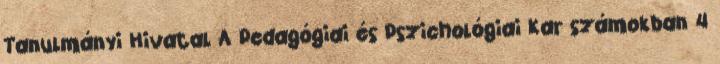
Tanulmányi Hivatal A Pedagógiai és Pszichológiai Kar számokban 4